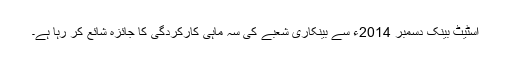
اسٹیٹ بینک دسمبر 2014ء سے بینکاری شعبے کی سہ ماہی کارکردگی کا جائزہ شائع کر رہا ہے۔